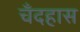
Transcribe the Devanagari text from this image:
चँदहास